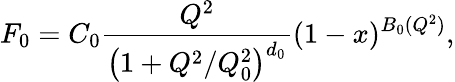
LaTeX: F_{0}=C_{0}\frac{Q^{2}}{\left(1+Q^{2}/Q_{0}^{2}\right)^{d_{0}}}(1-x)^{B_{0}(Q^{2})},